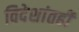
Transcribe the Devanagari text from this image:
विदेशांतही